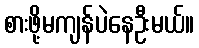
စားဖို့မကျန်ပဲနေဦးမယ်။